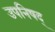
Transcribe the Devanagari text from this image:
उपनिषद्‍